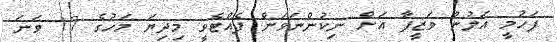
ފަހުމީ އަލުން ވަޒީފާ އަށް ނިކުންނަވަން ފެއްޓެވީ މިދިޔަ މަހުގެ 17 ވަނަ